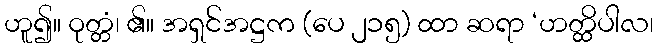
ဟူ၍။ ဝုတ္တံ၊ ၏။ အရှင်အဋ္ဌက (ပေ ၂၁၅) ထာ ဆရာ ‘ဟတ္ထိပါလ၊